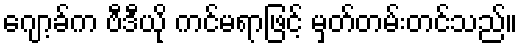
ဂျော့ခ်က ဗီဒီယို ကင်မရာဖြင့် မှတ်တမ်းတင်သည်။